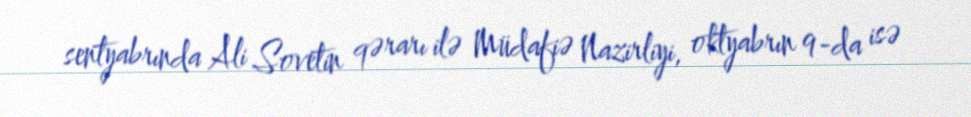
sentyabrında Ali Sovetin qərarı ilə Müdafiə Nazirliyi, oktyabrın 9-da isə